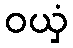
ဝယှံ